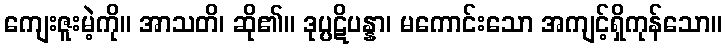
ကျေးဇူးမဲ့ကို။ အာသတိ၊ ဆို၏။ ဒုပ္ပဋိပန္နာ၊ မကောင်းသော အကျင့်ရှိကုန်သော။